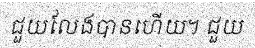
ជួយលែងបានហើយ។ ជួយ